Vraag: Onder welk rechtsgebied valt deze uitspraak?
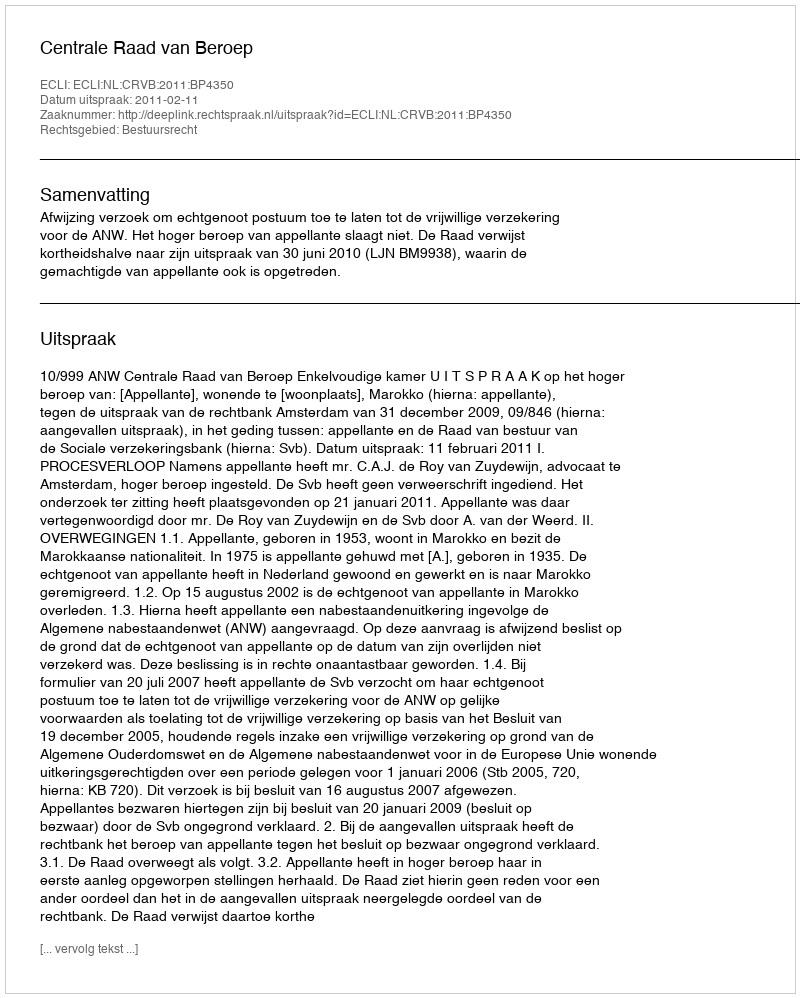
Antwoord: Bestuursrecht